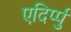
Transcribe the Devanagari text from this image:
एदिर्प्पु